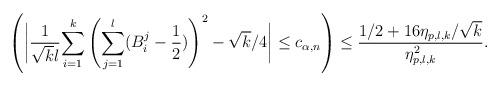
LaTeX: \begin{align*} \left( \bigg| \frac{1}{\sqrt{k} l} \underset{i=1}{\overset{k}{\sum}} \left( \underset{j=1}{\overset{l}{\sum}} (B_i^j - \frac{1}{2} ) \right)^2 - \sqrt{k}/4 \bigg| \leq c_{\alpha,n} \right) \leq \frac{1/2+16\eta_{p,l,k}/\sqrt{k}}{\eta_{p,l,k}^2} .\end{align*}